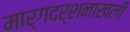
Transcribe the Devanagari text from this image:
मार्गदर्शनाखली